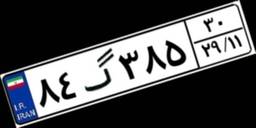
۸۴گ۳۸۵۳۰